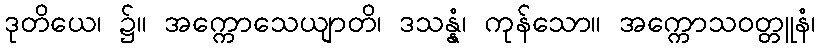
ဒုတိယေ၊ ၌။ အက္ကောသေယျာတိ၊ ဒသန္နံ၊ ကုန်သော။ အက္ကောသဝတ္တူနံ၊